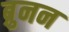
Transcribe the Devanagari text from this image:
ब्रुनन